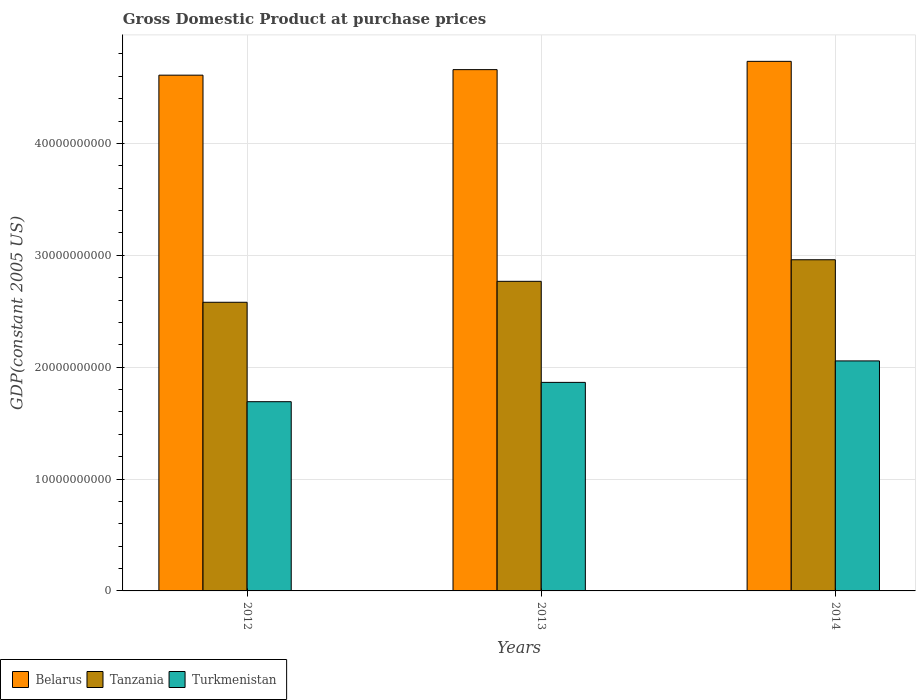
| Years | Belarus | Tanzania | Turkmenistan |
 | --- | --- | --- | --- |
 | 2012 | 4.61e+10 | 2.58e+10 | 1.69e+10 |
 | 2013 | 4.66e+10 | 2.77e+10 | 1.86e+10 |
 | 2014 | 4.73e+10 | 2.96e+10 | 2.06e+10 |